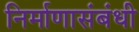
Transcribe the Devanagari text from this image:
निर्माणासंबंधी